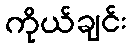
ကိုယ်ချင်း